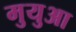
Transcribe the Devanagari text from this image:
मुयुआ